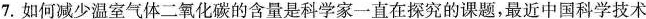
7.如何减少温室气体二氧化碳的含量是科学家一直在探究的课题，最近中国科学技术